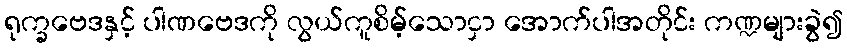
ရုက္ခဗေဒနှင့် ပါဏဗေဒကို လွယ်ကူစိမ့်သောငှာ အောက်ပါအတိုင်း ကဏ္ဍများခွဲ၍